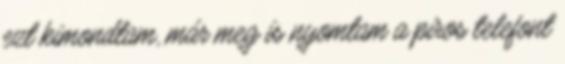
ezt kimondtam, már meg is nyomtam a piros telefont